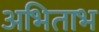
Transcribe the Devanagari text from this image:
अभिताभ